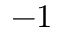
- 1